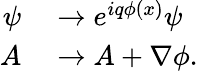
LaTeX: \begin{array}{rl}{\psi}&{{}\rightarrow e^{iq\phi(x)}\psi}\\ {A}&{{}\rightarrow A+\nabla\phi.}\end{array}